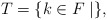
\begin{align*}T=\{k\in F\mid \},\end{align*}